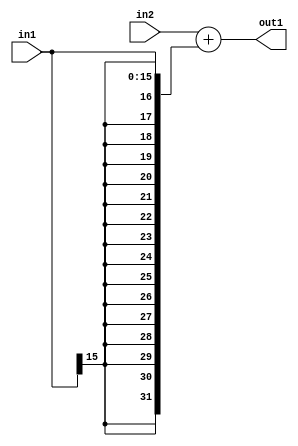
`timescale 1ps / 1ps
/*****************************************************************************
    Verilog RTL Description
    
    
    Created by: CellMath Designer 2019.1.01 
*******************************************************************************/

module bias_add_Add_32Ux16S_32S_1 (
	in2,
	in1,
	out1
	); /* architecture "behavioural" */ 
input [31:0] in2;
input [15:0] in1;
output [31:0] out1;
wire [31:0] asc001;

assign asc001 = 
	+(in2)
	+({{16{in1[15]}}, in1});

assign out1 = asc001;
endmodule

/* CADENCE  ubH1Qg4= : u9/ySgnWtBlWxVPRXgAZ4Og= ** DO NOT EDIT THIS LINE ******/